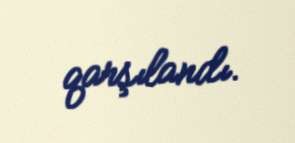
qarşılandı.